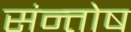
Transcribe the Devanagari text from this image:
संन्‍तोष